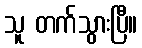
သူ တက်သွားပြီ။